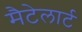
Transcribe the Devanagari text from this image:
मैटेलार्ट